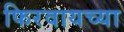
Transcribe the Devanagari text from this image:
फिरवायच्या